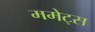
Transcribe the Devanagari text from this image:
ममेट्स